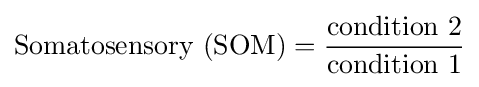
{\text{Somatosensory (SOM)}}={\frac {\text{condition 2}}{\text{condition 1}}}